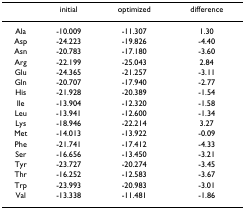
<table><thead><tr><td></td><td><b>initial</b></td><td><b>optimized</b></td><td><b>difference</b></td></tr></thead><tbody><tr><td>Ala</td><td>-10.009</td><td>-11.307</td><td>1.30</td></tr><tr><td>Asp</td><td>-24.223</td><td>-19.826</td><td>-4.40</td></tr><tr><td>Asn</td><td>-20.783</td><td>-17.180</td><td>-3.60</td></tr><tr><td>Arg</td><td>-22.199</td><td>-25.043</td><td>2.84</td></tr><tr><td>Glu</td><td>-24.365</td><td>-21.257</td><td>-3.11</td></tr><tr><td>Gln</td><td>-20.707</td><td>-17.940</td><td>-2.77</td></tr><tr><td>His</td><td>-21.928</td><td>-20.389</td><td>-1.54</td></tr><tr><td>Ile</td><td>-13.904</td><td>-12.320</td><td>-1.58</td></tr><tr><td>Leu</td><td>-13.941</td><td>-12.600</td><td>-1.34</td></tr><tr><td>Lys</td><td>-18.946</td><td>-22.214</td><td>3.27</td></tr><tr><td>Met</td><td>-14.013</td><td>-13.922</td><td>-0.09</td></tr><tr><td>Phe</td><td>-21.741</td><td>-17.412</td><td>-4.33</td></tr><tr><td>Ser</td><td>-16.656</td><td>-13.450</td><td>-3.21</td></tr><tr><td>Tyr</td><td>-23.727</td><td>-20.274</td><td>-3.45</td></tr><tr><td>Thr</td><td>-16.252</td><td>-12.583</td><td>-3.67</td></tr><tr><td>Trp</td><td>-23.993</td><td>-20.983</td><td>-3.01</td></tr><tr><td>Val</td><td>-13.338</td><td>-11.481</td><td>-1.86</td></tr></tbody></table>